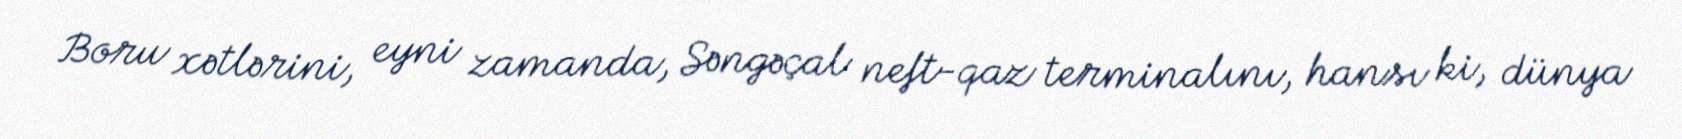
Boru xətlərini, eyni zamanda, Səngəçal neft-qaz terminalını, hansı ki, dünya